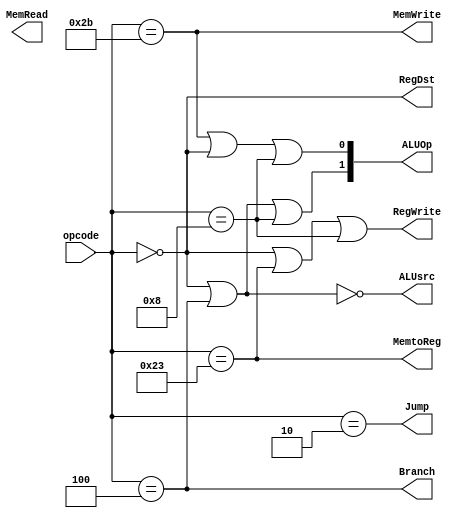
`timescale 1ns / 1ps

module Control(opcode,RegDst,Jump,Branch,MemRead,MemtoReg,ALUOp,MemWrite,ALUsrc,RegWrite);
input [5:0]opcode;
//input [5:0]funct;
output RegDst;//0rt1rd
output Jump;
output Branch;//1
output MemRead;
output MemtoReg;//1,0ALU
output [1:0]ALUOp;
output MemWrite;//
output ALUsrc;//01
output RegWrite;//
parameter BEQ_op=6'b000100;
parameter BNE_op=6'b000101;
parameter ADDI_op=6'b001000;
parameter R_format_op=6'b000000;
parameter ADD_funct=6'b100000;
parameter SUB_funct=6'b100010;
parameter LW_op=6'b100011;
parameter SW_op=6'b101011;
parameter J_op=6'b000010;
parameter lw_op=2'b00; 
parameter sw_op=2'b01; 
parameter beq_op=2'b10; 
parameter R_op=2'b11; 
assign  RegDst= opcode==R_format_op;
assign Branch= (opcode==BEQ_op);
assign  MemtoReg= opcode==LW_op;
assign MemWrite= opcode==SW_op;
assign ALUsrc=~(opcode==R_format_op||opcode==BEQ_op);
assign RegWrite=(opcode==R_format_op)||opcode==LW_op||opcode==ADDI_op;
assign ALUOp[0]= (opcode==SW_op) || (opcode==R_format_op)||(opcode==ADDI_op);
assign ALUOp[1]= (opcode==BEQ_op) || (opcode==R_format_op)||(opcode==ADDI_op);
assign Jump= opcode==J_op;
endmodule